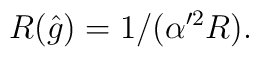
R(\hat{g})=1/(\alpha'^{2} R).